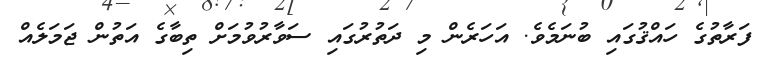
ފަރާތުގެ ހައްޤުގައި ބުނަމެވެ. އަހަރެން މި ދަތުރުގައި ސަވާރުވުމަށް ތިބާގެ އަތުން ޖަމަލެއް